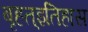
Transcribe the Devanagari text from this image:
बृहत्इतिहास